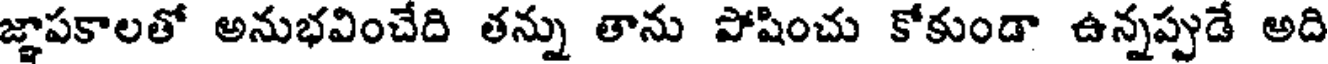
జ్ఞాపకాలతో అనుభవించేది తన్ను తాను పోషించు కోకుండా ఉన్నప్పుడే అది